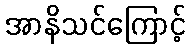
အာနိသင်ကြောင့်